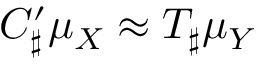
C _ { \sharp } ^ { \prime } \mu _ { X } \approx T _ { \sharp } \mu _ { Y }